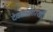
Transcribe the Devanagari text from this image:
देवळासारखी